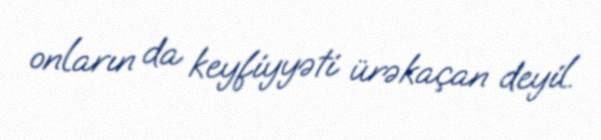
onların da keyfiyyəti ürəkaçan deyil.